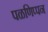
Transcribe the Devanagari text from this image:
पळणिप्पन